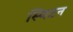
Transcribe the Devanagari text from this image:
स्विटन